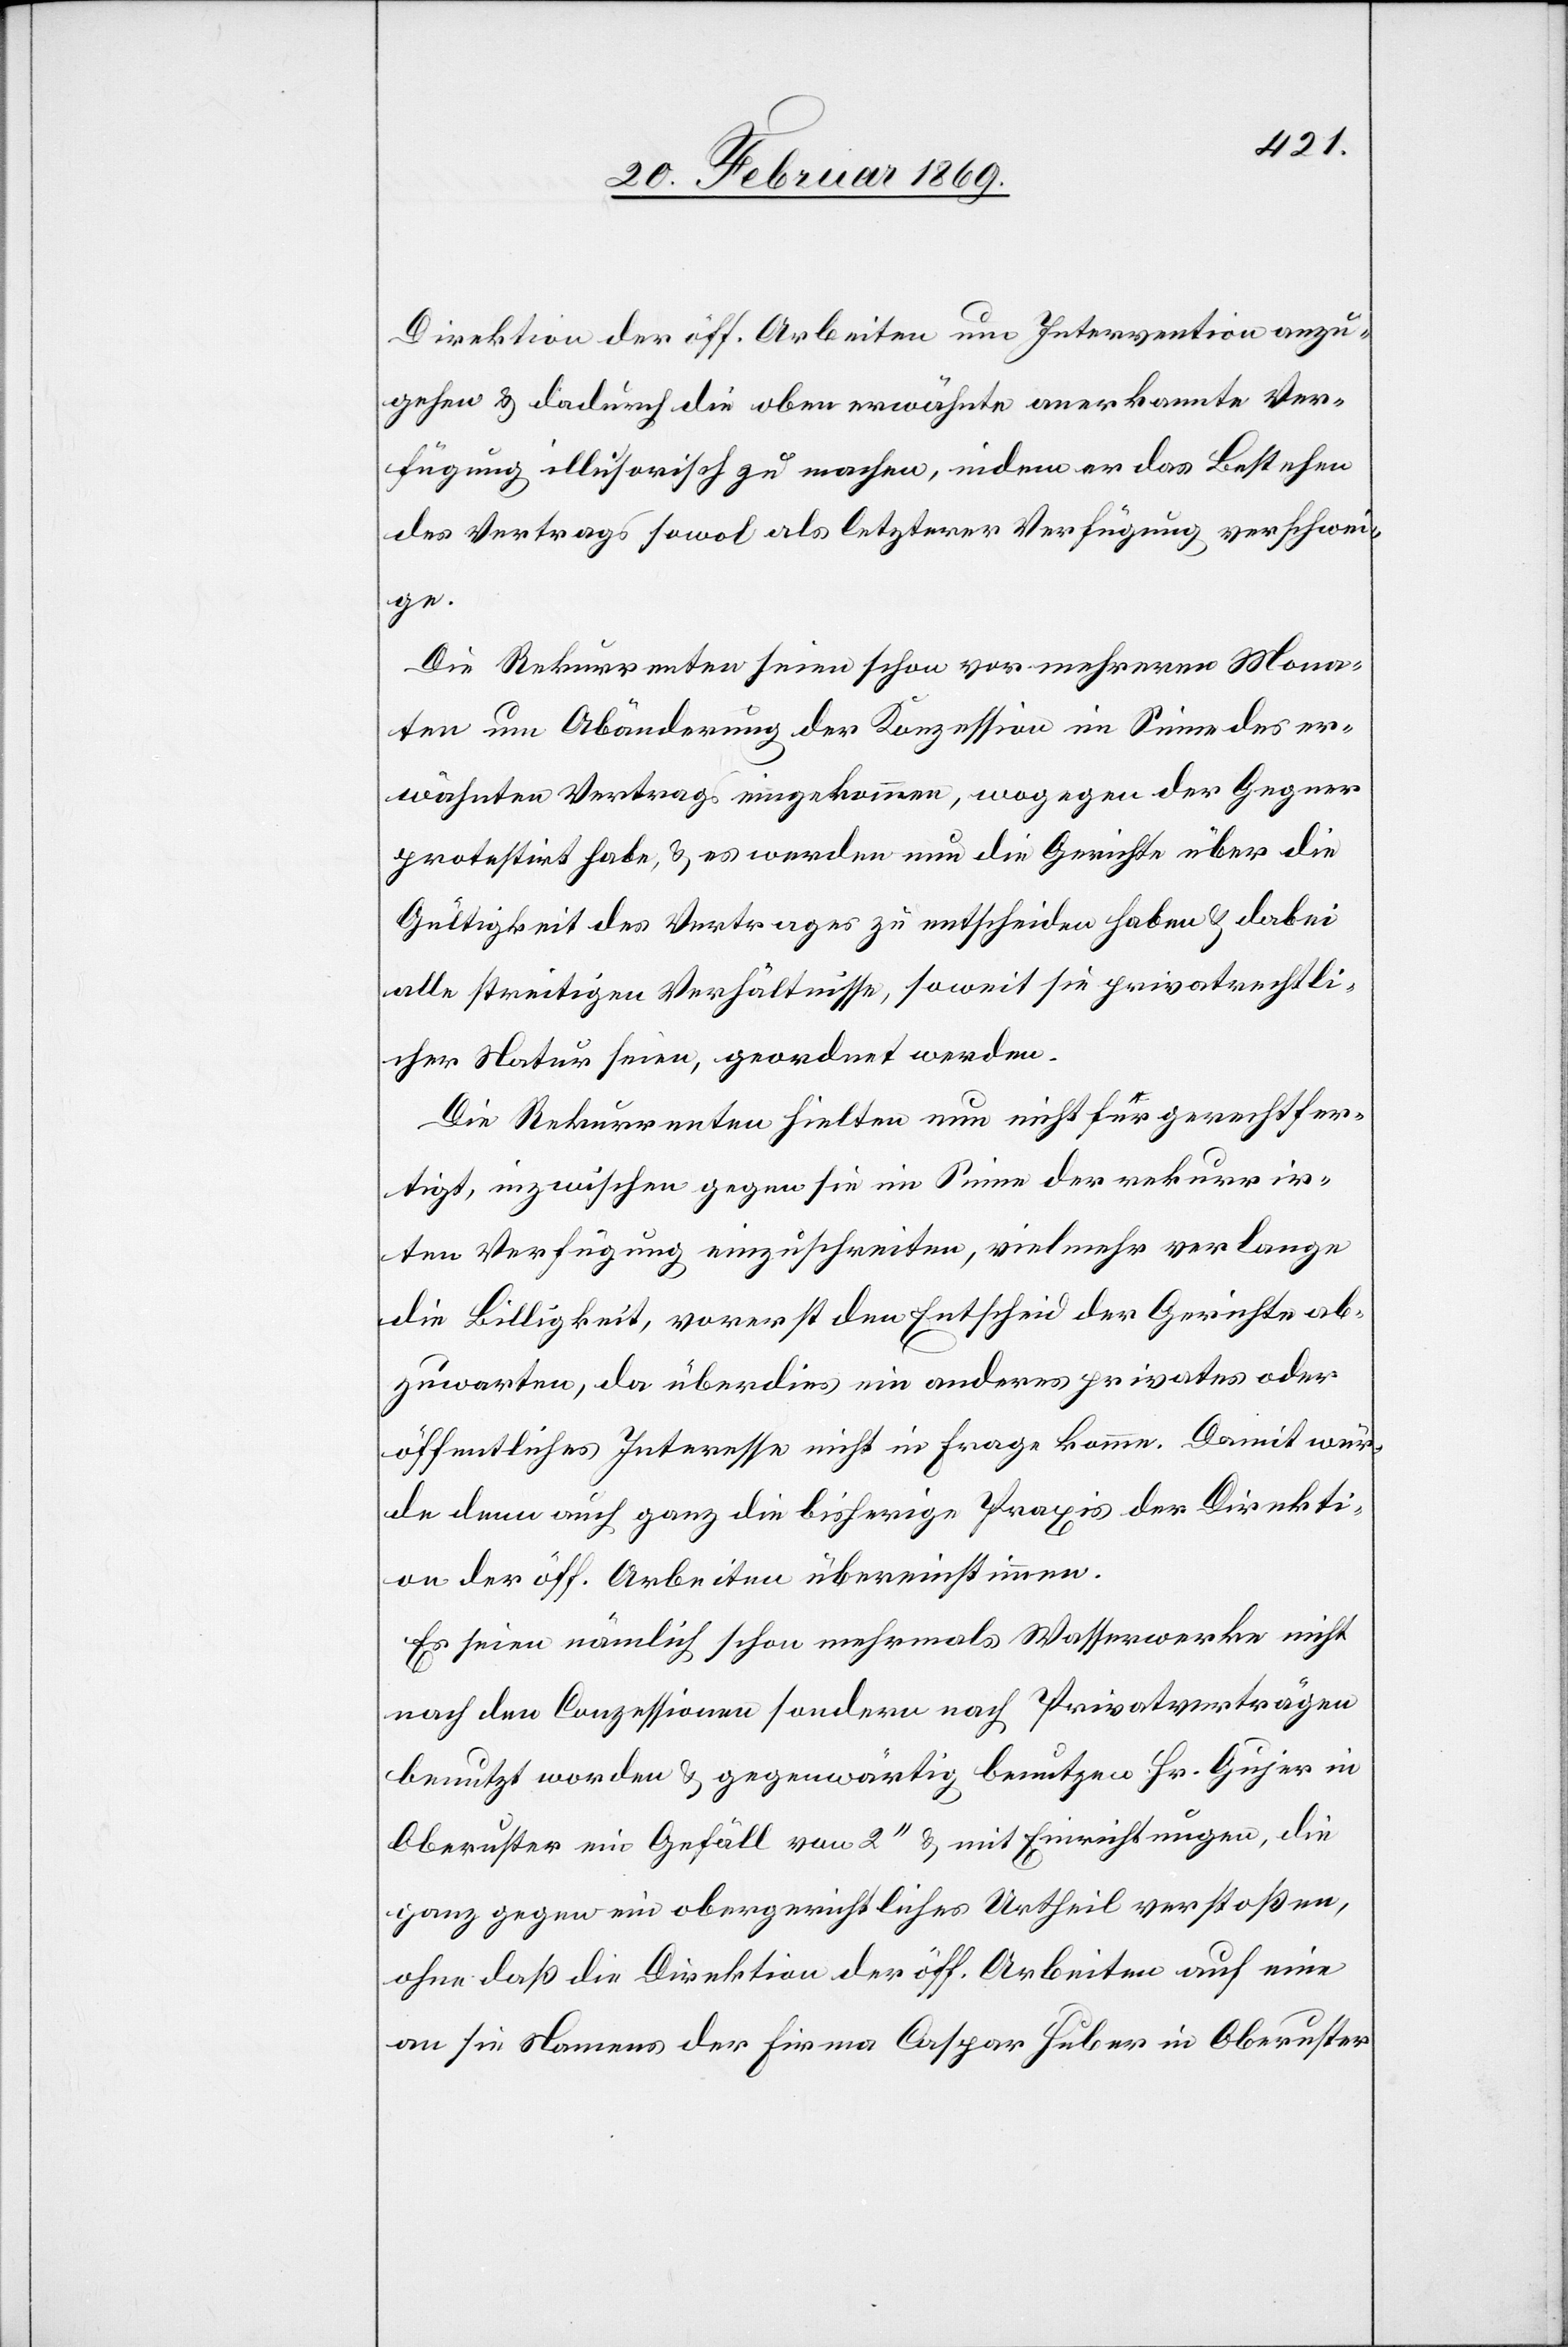
Direktion der öff. Arbeiten um Intervention anzu¬
gehen & dadurch die oben erwähnte anerkannte Ver¬
fügung illusorisch zu machen, indem er das Bestehen
des Vertrages sowol als letzterer Verfügung verschwei¬
ge.
Die Rekurrenten seien schon vor mehreren Mona¬
ten um Abänderung der Konzession im Sinne des er¬
wähnten Vertrages eingekommen, wogegen der Gegner
protestirt habe, & es werden nun die Gerichte über die
Gültigkeit des Vertrages zu entscheiden haben u. dabei
alle streitigen Verhältnisse, soweit sie privatrechtli¬
cher Natur seien, geordnet werden.
Die Rekurrenten hielten nun nicht für gerechtfer¬
tigt, inzwischen gegen sie im Sinne der rekurrir¬
ten Verfügung einzuschreiten, vielmehr verlange
die Billigkeit, vorerst den Entscheid der Gerichte ab¬
zuwarten, da überdies ein anderes privates
öffentliches Interesse nicht in Frage komme. Damit wür¬
de denn auch ganz die bisherige Praxis der Direkti¬
on der öff. Arbeiten übereinstimmen.
Es seien nämlich schon mehrmals Wasserwerke nicht
nach den Conzessionen sondern nach Privatverträgen
benutzt worden & gegenwärtig benutzen [sic!] Hr. Gujer in
Oberuster ein Gefäll von 2’’ & mit Einrichtungen, die
ganz gegen ein obergerichtliches Urtheil verstoßen,
ohne daß die Direktion der öff. Arbeiten auf eine
an sie namens der Firma Caspar Huber in Oberuster